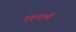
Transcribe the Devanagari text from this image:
दशनामों